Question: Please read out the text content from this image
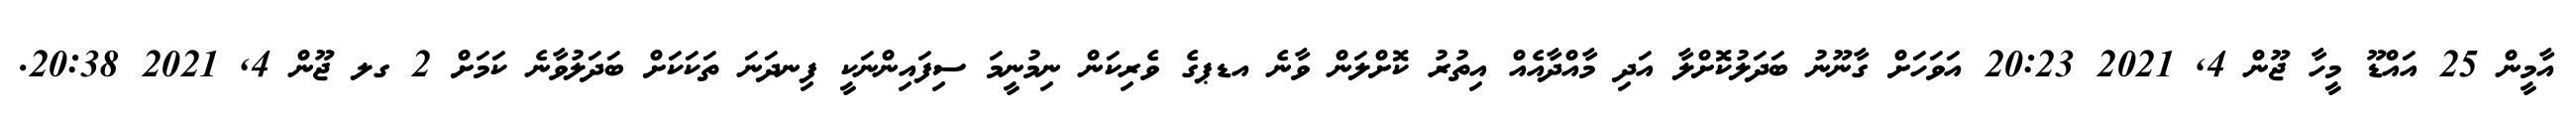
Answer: އާމީން 25 އައްޑޫ މީހާ ޖޫން 4, 2021 20:23 އަވަހަށް ގާނޫނު ބަދަލުކޮށްލާ އަދި މާއްދާއެއް އިތުރު ކޮށްލަން ވާނެ އޑޕގެ ވެރިކަން ނިމުނީމަ ސިފައިންނަކީ ފިނދަނަ ތަކަކަށް ބަދަލުވާނެ ކަމަށް 2 ގލ ޖޫން 4, 2021 20:38.